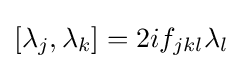
[\lambda _{j},\lambda _{k}]=2if_{jkl}\lambda _{l}~